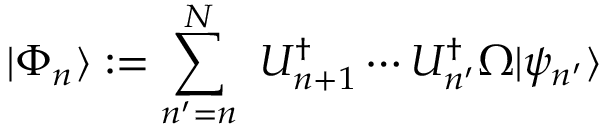
| \Phi _ { n } \rangle : = \sum _ { n ^ { \prime } = n } ^ { N } ~ U _ { n + 1 } ^ { \dagger } \cdots U _ { n ^ { \prime } } ^ { \dagger } \Omega | \psi _ { n ^ { \prime } } \rangle